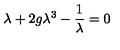
\lambda + 2 g \lambda ^ { 3 } - { \frac { 1 } { \lambda } } = 0